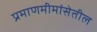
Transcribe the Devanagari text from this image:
प्रमाणमीमांसेतील